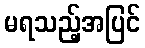
မရသည့်အပြင်